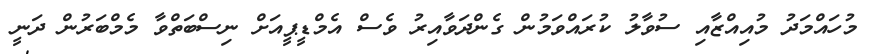
މުހައްމަދު މުއިއްޒާއި ސުވާލު ކުރައްވަމުން ގެންދަވާއިރު ވެސް އެމްޑީޕީއަށް ނިސްބަތްވާ މެމްބަރުން ދަނީ